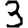
Digit: 3